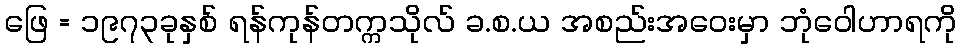
ဖြေ = ၁၉၇၃ခုနှစ် ရန်ကုန်တက္ကသိုလ် ခ.စ.ယ အစည်းအဝေးမှာ ဘုံဝေါဟာရကို